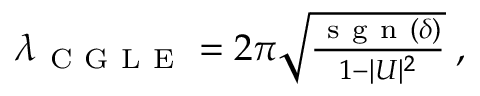
\begin{array} { r } { \lambda _ { \mathrm { ~ C ~ G ~ L ~ E ~ } } = 2 \pi \sqrt { \frac { \mathrm { ~ s ~ g ~ n ~ } ( \delta ) } { 1 - | U | ^ { 2 } } } \; , } \end{array}